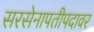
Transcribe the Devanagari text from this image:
सरसेनापतीपदावर